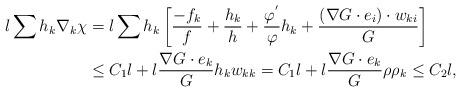
LaTeX: \begin{align*}l\sum h_{k}\nabla_{k}\chi&=l\sum h_{k}\left[\frac{-f_{k}}{f}+\frac{h_{k}}{h}+\frac{\varphi^{'}}{\varphi}h_{k}+\frac{(\nabla G\cdot e_{i})\cdot w_{ki}}{G}\right]\\&\leq C_{1}l+l\frac{\nabla G\cdot e_{k}}{G} h_{k}w_{kk}=C_{1}l+l\frac{\nabla G\cdot e_{k}}{G} \rho \rho_{k}\leq C_{2}l,\end{align*}